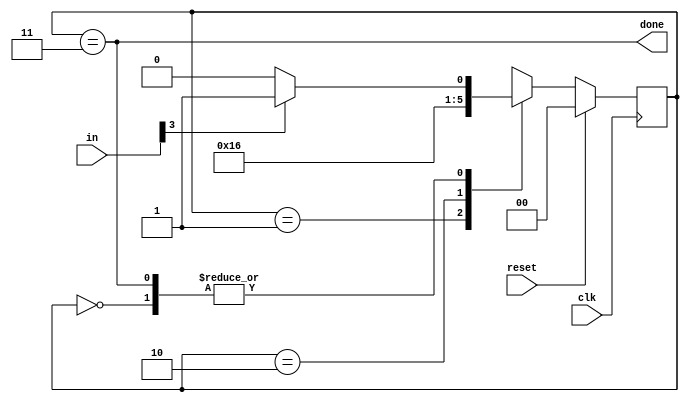
module top_module(
    input clk,
    input [7:0] in,
    input reset,    // Synchronous reset
    output done); //
    localparam [1:0] BYTE1 = 2'b00,
    				 BYTE2 = 2'b01,
    				 BYTE3 = 2'b10,
    				 DONE  = 2'b11;

    reg [1:0] state, next;

    // State transition logic (combinational)
    always @(*)begin
        case(state)
            BYTE1 : next = (in[3])? BYTE2:BYTE1;
    		BYTE2 : next = BYTE3;
    		BYTE3 : next = DONE;
            DONE  : next = (in[3])? BYTE2:BYTE1;
        endcase
    end           
    // State flip-flops (sequential)
    always @(posedge clk) begin
    	if(reset) state <= BYTE1;
    	else state <= next;
    end
 
    // Output logic
    assign done = (state == DONE);
endmodule